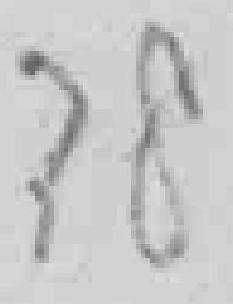
78